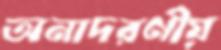
অনাদরণীয়